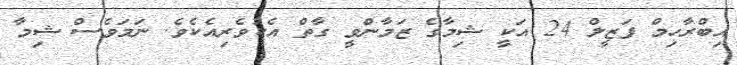
އިބްރާހިމް ފަޒީލް 24 އަކީ ޝިމާގެ ޒަމާންވީ ގާތް އެކުވެރިއެކެވެ. ނަމަވެސް ޝިމާ